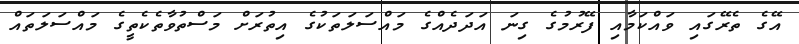
އޭގެ ތެރޭގައި ވައްކަމާއި ފޭރުމުގެ ގިނަ އަދަދެއްގެ މައްސަލަތަކުގެ އިތުރަށް މަސްތުވާތެކެތީގެ މައްސަލަތައް